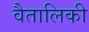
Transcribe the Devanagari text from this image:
वैतालिकी